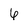
Character: 6